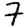
Digit: 7